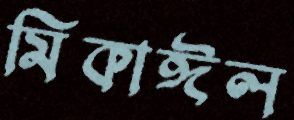
মিকাঈল